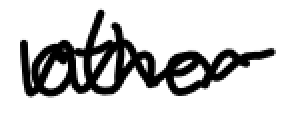
Text: other
Cross-out: wave
Writing tool: digital_black